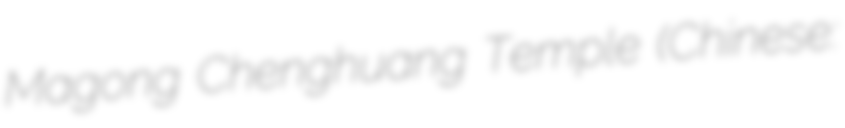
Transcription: Magong Chenghuang Temple (Chinese: